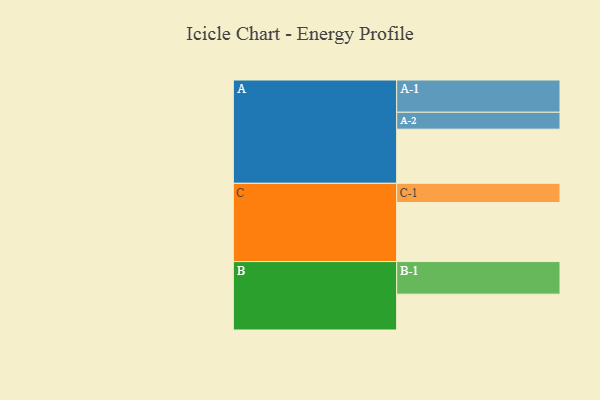
{"axis": {"x": "Segment", "y": "Value"}, "legend": ["", "A", "B", "C"], "data": [{"x": "A", "y": 492, "type": ""}, {"x": "B", "y": 326, "type": ""}, {"x": "C", "y": 536, "type": ""}, {"x": "A-1", "y": 293, "type": "A"}, {"x": "A-2", "y": 154, "type": "A"}, {"x": "B-1", "y": 296, "type": "B"}, {"x": "C-1", "y": 175, "type": "C"}]}